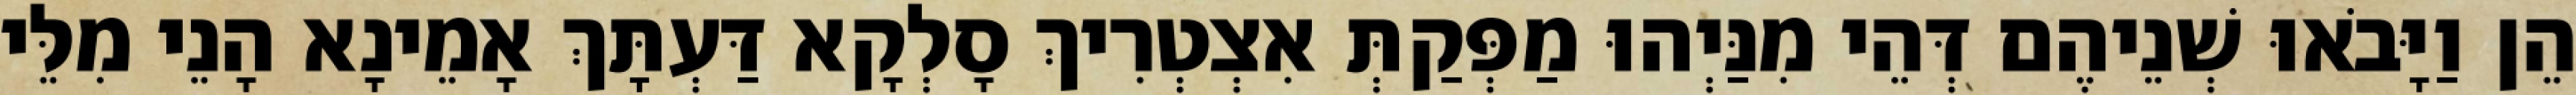
הֵן וַיָּבֹאוּ שְׁנֵיהֶם דְּהֵי מִנַּיְהוּ מַפְּקַתְּ אִצְטְרִיךְ סָלְקָא דַּעְתָּךְ אָמֵינָא הָנֵי מִלֵּי